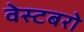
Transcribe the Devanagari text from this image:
वेस्टबरो